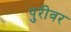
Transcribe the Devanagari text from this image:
पुरीवर